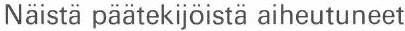
Näistä päätekijöistä aiheutuneet